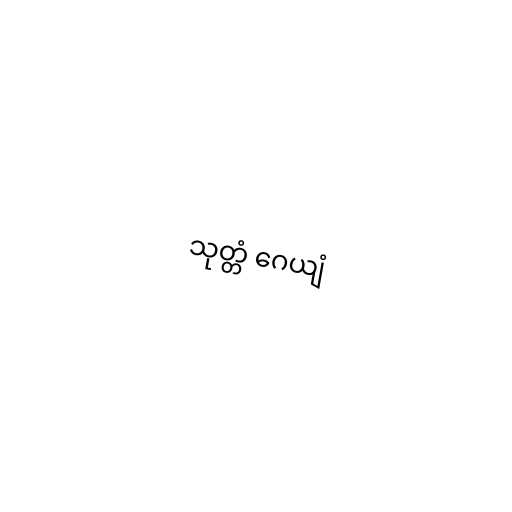
သုတ္တံ ဂေယျံ